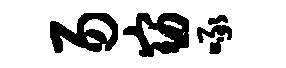
易窈啄